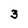
Character: 3